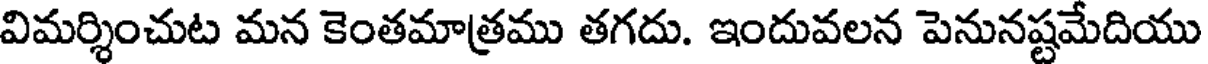
విమర్శించుట మన కెంతమాత్రము తగదు. ఇందువలన పెనునష్టమేదియు